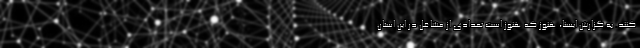
کنند. به گزارش ایسنا، هنوز که هنوز است تعدادی از مشاغل در این استان